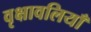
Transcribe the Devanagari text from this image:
वृक्षावलियाँ